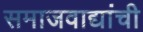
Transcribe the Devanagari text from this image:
समाजवाद्यांची